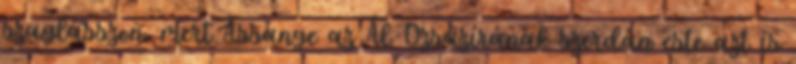
szaglásszon, mert Assange az Ál-Dzsázírának szerdán este azt is